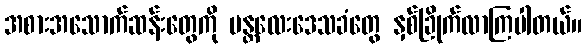
အစားအသောက်ဆန်းတွေကို မန္တလေးဒေသခံတွေ နှစ်ခြိုက်လာကြပါတယ်။